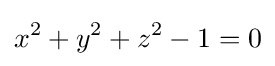
x^{2}+y^{2}+z^{2}-1=0